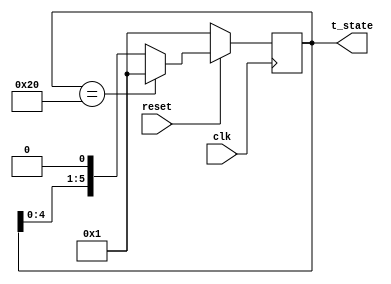
// RING COUNTER
// USED TO GENERATE T-STATES (T1...T6)

module ring_counter( input clk,
							input reset,
							output reg [5:0] t_state);
							

	always @(negedge clk) begin // Negedge is used here to set the T state since all other modules change on the posedge of clk signal
		if (!reset) begin // Active low reset to keep all reset signals consistent
			t_state <= 6'b000001;
		end
		
		else begin
			if (t_state == 6'b100000)
				t_state <= 6'b000001;
			
			else
				t_state <= t_state << 1; //Shift t_state
		
		end
	end
							
endmodule